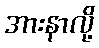
အားနာလို့